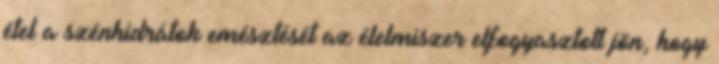
étel a szénhidrátok emésztését az élelmiszer elfogyasztott jön, hogy